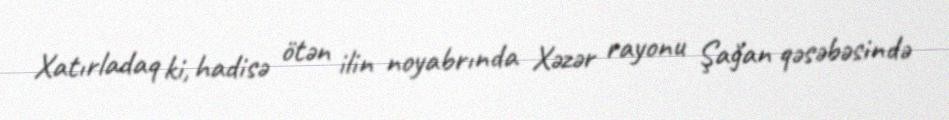
Xatırladaq ki, hadisə ötən ilin noyabrında Xəzər rayonu Şağan qəsəbəsində